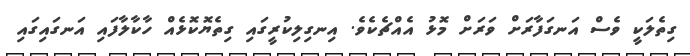
ގިތެލަކީ ވެސް އަނގަފާރަށް ވަރަށް މޮޅު އެއްޗެކެވެ. އިނގިލިކުރީގައި ގިތެޔޮކޮޅެއް ހާކާލާފައި އަނގައިގައި